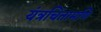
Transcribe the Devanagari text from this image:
यंत्रचिंतामणि